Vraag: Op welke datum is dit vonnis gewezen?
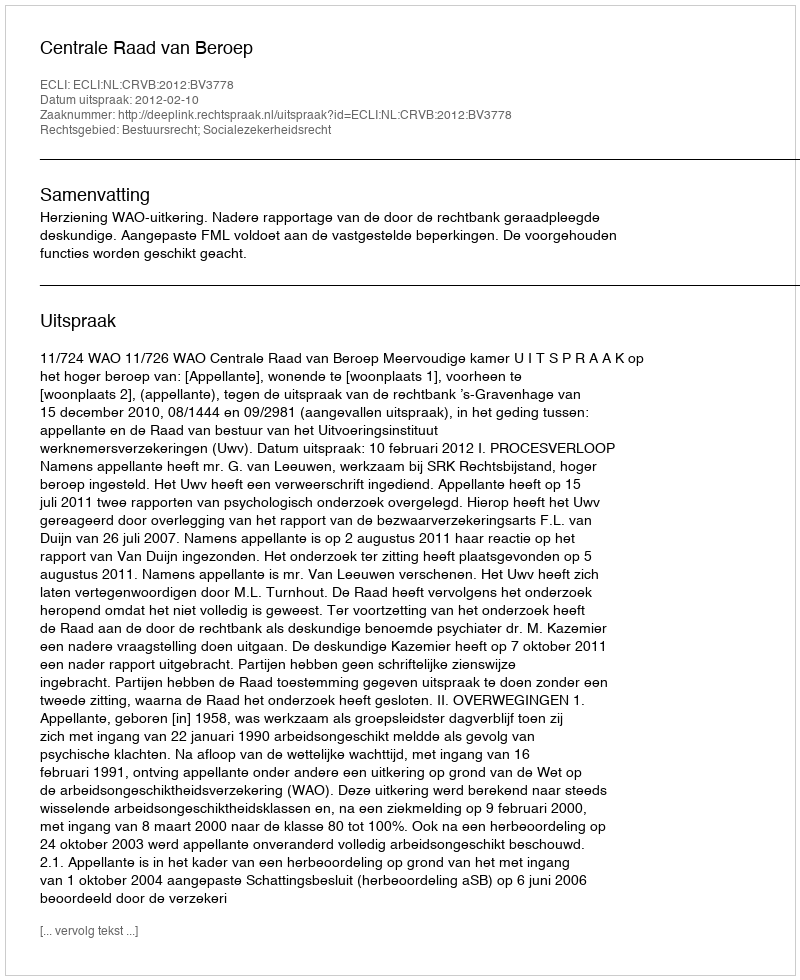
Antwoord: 2012-02-10